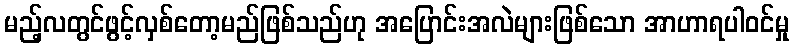
မည့်လတွင်ဖွင့်လှစ်တော့မည်ဖြစ်သည်ဟု အပြောင်းအလဲများဖြစ်သော အာဟာရပါဝင်မှု